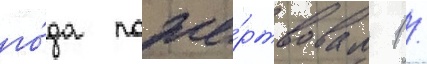
го́да поже́ртвовал 1 /